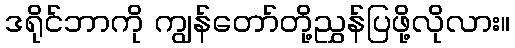
ဒရိုင်ဘာကို ကျွန်တော်တို့ညွှန်ပြဖို့လိုလား။